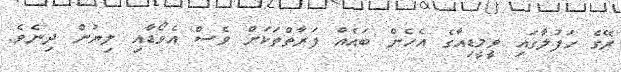
ރޭގެ ހަފުލާގައި ވީމީޑިއާގެ އެހެން ބައެއް ފަރާތްތަކަށް ވެސް އެވޯޑާއި ލިޔުން ދިނެވެ.